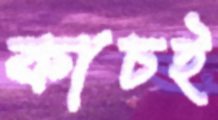
কাচই